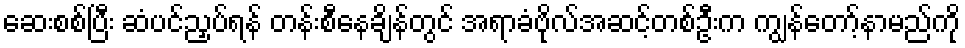
ဆေးစစ်ပြီး ဆံပင်ညှပ်ရန် တန်းစီနေချိန်တွင် အရာခံဗိုလ်အဆင့်တစ်ဦးက ကျွန်တော့်နာမည်ကို